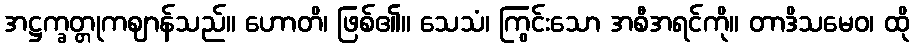
အဋ္ဌက္ခတ္တုကဈာန်သည်။ ဟောတိ၊ ဖြစ်၏။ သေသံ၊ ကြွင်းသော အစီအရင်ကို။ တာဒိသမေဝ၊ ထို